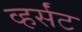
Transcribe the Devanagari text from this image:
व्हर्संट